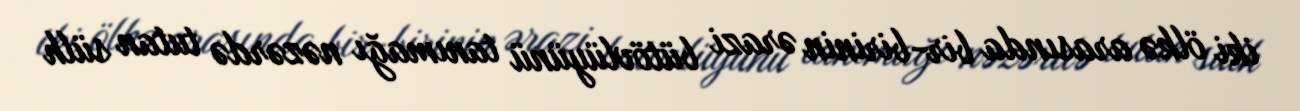
iki ölkə arasında bir-birinin ərazi bütövlüyünü tanımağı nəzərdə tutan sülh